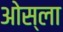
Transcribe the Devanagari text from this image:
ओस्ला